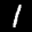
Label: 1